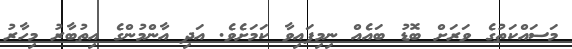
މަސައްކަތުގެ ވަރަށް ބޮޑު ބައެއް ނިމިފައިވާ ކަމަށެވެ. އަދި އާންމުންގެ އިތުބާރު މިހާރު